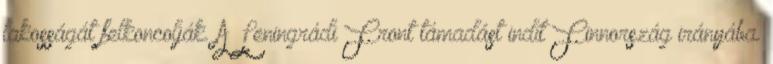
lakosságát felkoncolják. A Leningrádi Front támadást indít Finnország irányába.